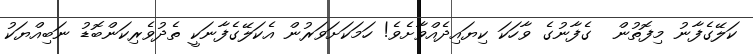
ކަލޭގެފާނު މިފޮތުން  ގެފާނުގެ ވާހަކަ ކިޔައިދެއްވާށެވެ! ހަމަކަށަވަރުން އެކަލޭގެފާނަކީ ތެދުވެރިކަންބޮޑު ނަބިއްޔަކު